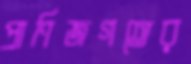
প্রাণিজগতের